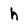
Character: h